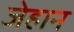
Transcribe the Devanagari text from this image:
जेहान